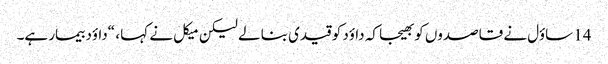
14 ساؤل نے قاصدوں کو بھیجا کہ داؤد کو قیدی بنا لے لیکن میکل نے کہا ، “داؤد بیمار ہے۔